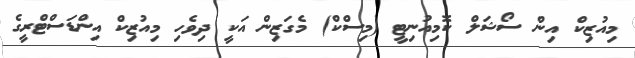
މިއުޒިކް އިން ސޯޝަލް ކޮމިއުނިޓީ (މިސްކް) މެގަޒިން އަކީ ދިވެހި މިއުޒިކް އިންޑަސްޓްރީގެ